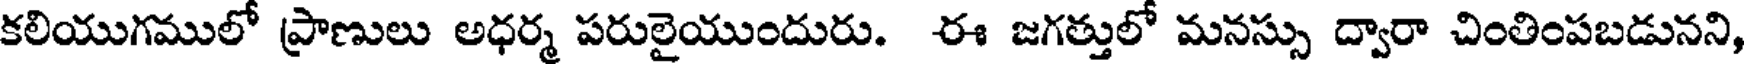
కలియుగములో ప్రాణులు అధర్మ పరులైయుందురు. ఈ జగత్తులో మనస్సు ద్వారా చింతింపబడునని,